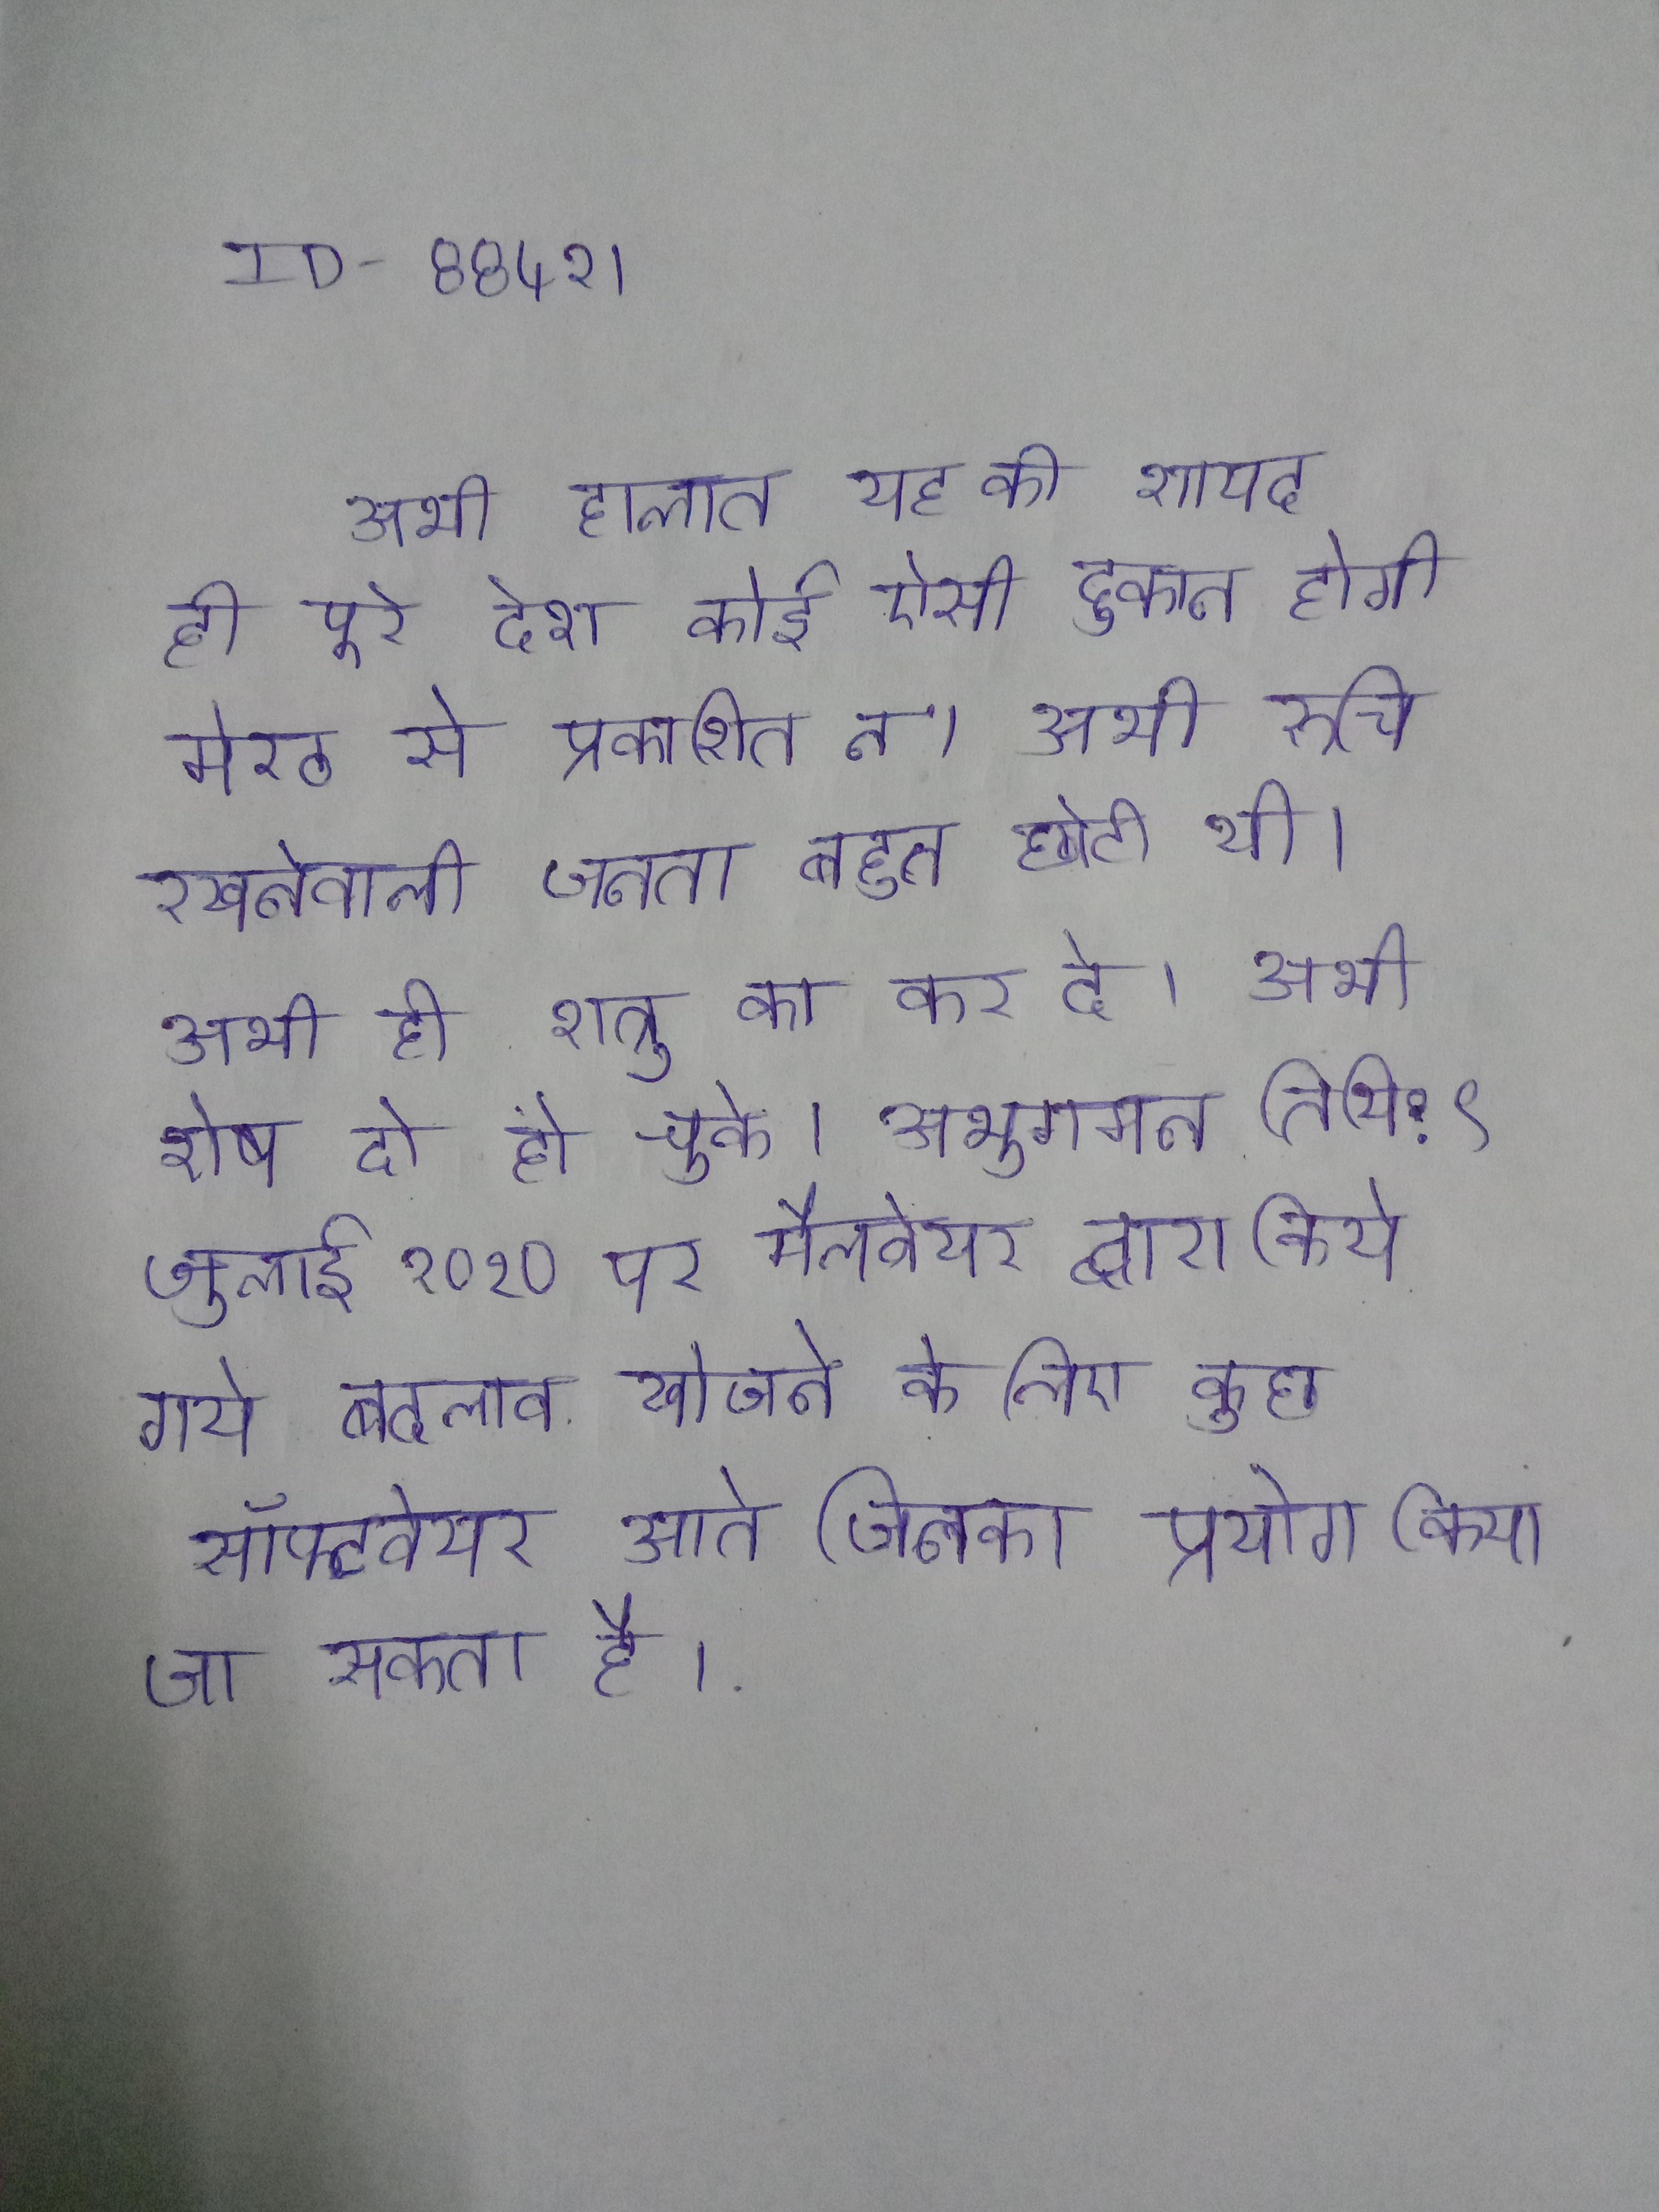
अभी हालात यह कि शायद ही पूरे देश कोई ऐसी दुकान होगी मेरठ से प्रकाशित न । अभी रुचि रखनेवाली जनता बहुत छोटी थी । अभी ही शत्रु का कर दे । अभी शेष दो हो चुके । अभुगमन तिथि:९ जुलाई २०१० पर मैलवेयर द्वारा किये गए बदलाव खोजने के लिए कुछ सॉफ्टवेयर आते जिनका प्रयोग किया जा सकता है ।